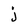
Character: j